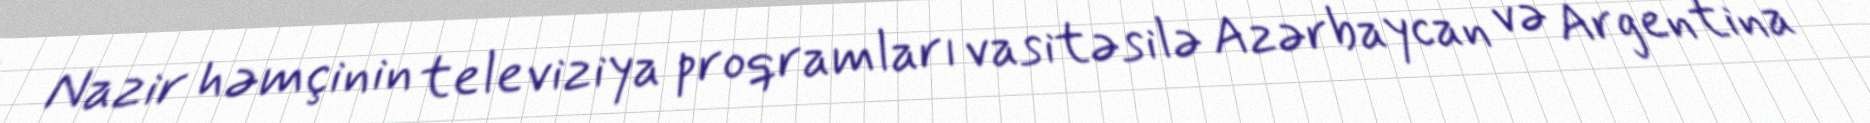
Nazir həmçinin televiziya proqramları vasitəsilə Azərbaycan və Argentina